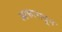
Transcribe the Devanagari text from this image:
आकारातून